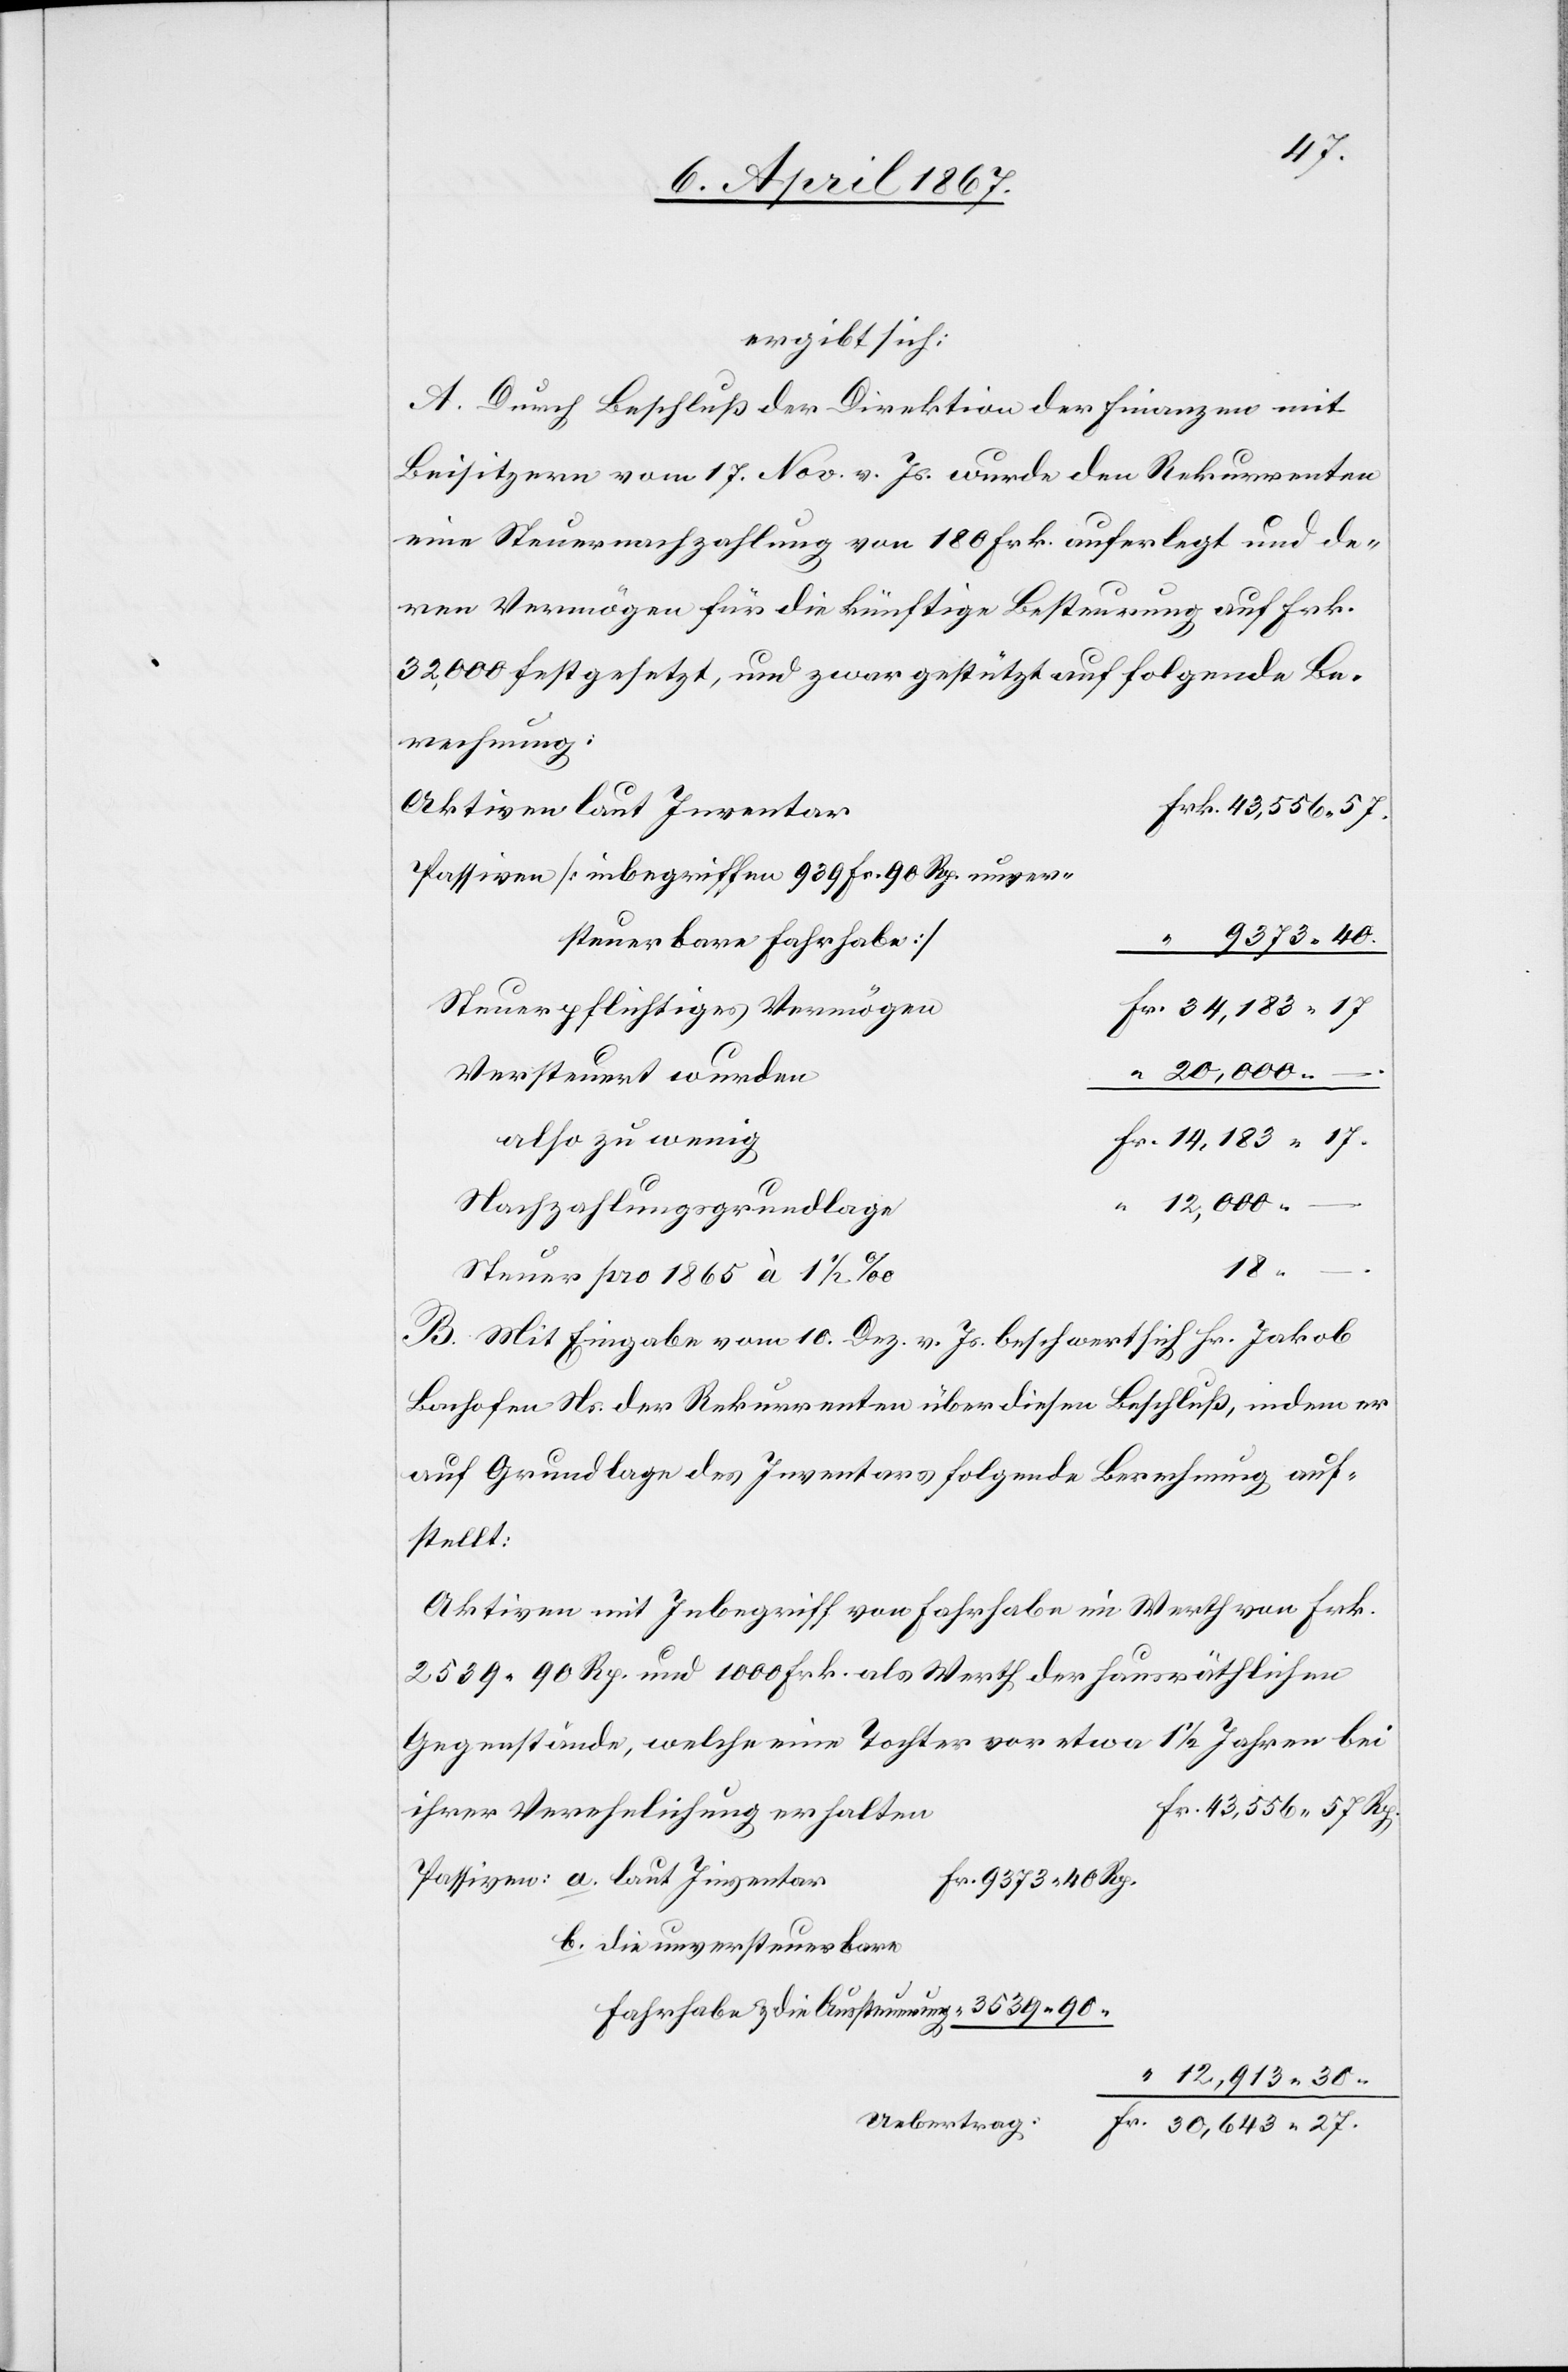
27.
ergibt sich:
A. Durch Beschluß der Direktion der Finanzen mit
Beisitzern vom 17. Nov. v. Js. wurde den Rekurrenten
eine Steuernachzahlung von 180 Frk. auferlegt und de¬
ren Vermögen für die künftige Besteurung auf Frk.
32,000 festgesetzt, und zwar gestützt auf folgende Be¬
rechnung:
Aktiven laut Inventa¬
rk.	43,556. 57.
Passiven [inbegriffen 939 Fr. 90 Rp.
9373. 40.
steuerbare Fahrhabe]
n			F¬
Steuerpflichtiges Vermöge¬
r.	34,183. 17
“	20,000. –
Versteuert wurde¬
Nachzahlungsgrundlag¬
18.
Steuer pro 1865 à 1 1/2
B. Mit Eingabe vom 10. Dez. v. Js. beschwert sich Hr. Jakob
Bachofen Ns. der Rekurrenten über diesen Beschluß, indem er
auf Grundlage des Inventars folgende Berechnung auf¬
stellt:
Aktiven im Inbegriff von Fahrhabe im Werth von Frk.
2539. 90 Rp. und 1000 Frk. als Werth der hausräthlichen
Gegenstände, welche eine Tochter vor etwa 1 1/2 Jahren bei
r.	43,556. 57 Rp.
ihrer Verehlichung erhalte¬
Passiven:	a. 	laut Inventa¬
r	Fr.	9373. 40 Rp.
b. 	die unversteuerbare
“	12,913. 30